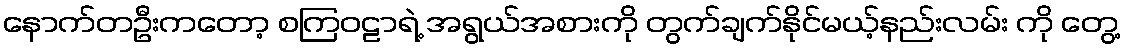
နောက်တဦးကတော့ စကြဝဠာရဲ့ အရွယ်အစားကို တွက်ချက်နိုင်မယ့်နည်းလမ်း ကို တွေ့